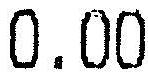
0.00